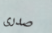
صدرى